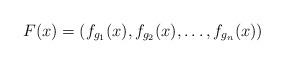
LaTeX: \begin{align*}F (x)=(f_{g_1}( x),f_{g_2}(x),\ldots,f_{g_n}(x))\end{align*}